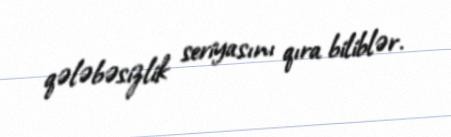
qələbəsizlik seriyasını qıra biliblər.